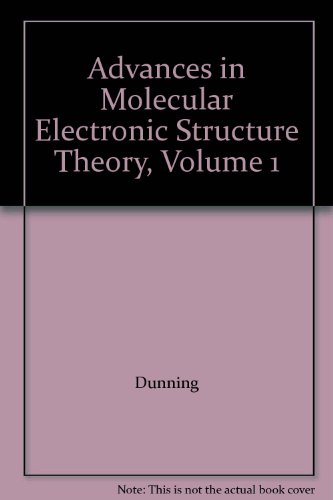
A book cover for Advances in Molecular Electronic Structure Theory, Volume 1; Dunning; Science & Math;